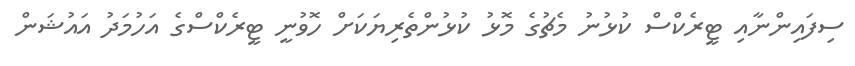
ސިފައިންނާއި ޓީރެކްސް ކުޅުނު މެޗުގެ މޮޅު ކުޅުންތެރިޔަކަށް ހޮވުނީ ޓީރެކްސްގެ އަހުމަދު އައުޝަން